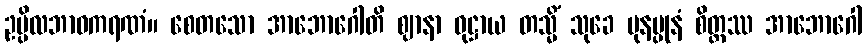
ဥပ္ပိလဘာဝကရဏံ။ စေတသော အာဘောဂေါတိ ဈာနာ ဝုဋ္ဌာယ တသ္မိံ သုခေ ပုနပ္ပုနံ စိတ္တဿ အာဘောဂေါ